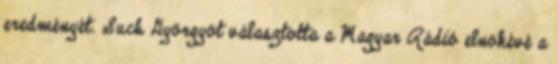
eredményét. Such Györgyöt választotta a Magyar Rádió elnökévé a